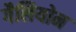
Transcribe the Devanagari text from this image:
गैलियोन